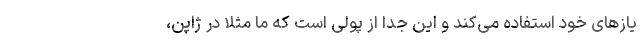
یازهای خود استفاده می‌کند و این جدا از پولی است که ما مثلا در ژاپن،